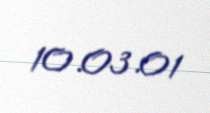
10.03.01